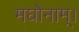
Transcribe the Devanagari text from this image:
मघोनाम्।